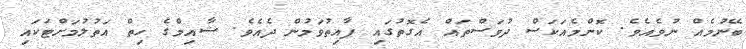
ބޭނުމެއް ނުވެއެވެ. ކޮންމެއަކަސް ދުވަސްތައް އެގޮތުގައި ފާއިތުވަމުން ދެއެވެ. ޝާއިމްގެ ހިތް އަތުލުމަށްޓަކައި